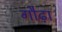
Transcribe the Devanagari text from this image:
गौढ़ा